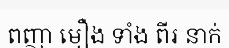
ពញា មឿង ទាំង ពីរ នាក់